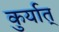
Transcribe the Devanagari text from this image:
कुर्यात्‌